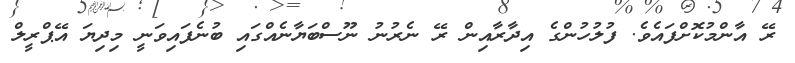
ރޭ އާންމުކޮށްފައެވެ. ފުލުހުންގެ އިދާރާއިން ރޭ ނެރުނު ނޫސްބަޔާނެއްގައި ބުނެފައިވަނީ މިދިޔަ އޭޕްރީލް